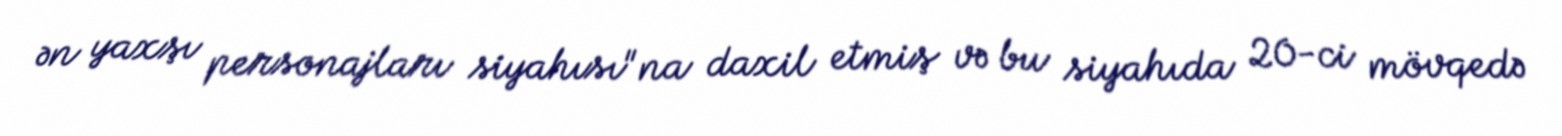
ən yaxşı personajları siyahısı"na daxil etmiş və bu siyahıda 20-ci mövqedə